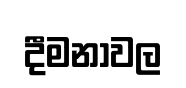
දීමනාවල